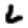
Digit: 6